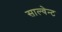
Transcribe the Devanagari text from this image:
साल्वेन्ट